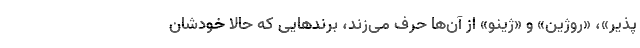
پذیر»، «روژین» و «ژینو» از آن‌ها حرف می‌زند، برند‌هایی که حالا خودشان